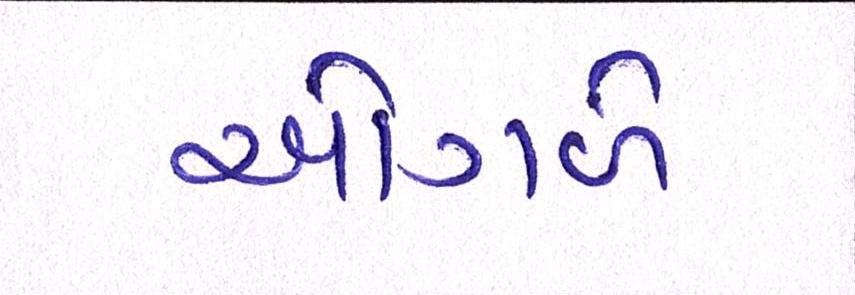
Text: ઓગળે